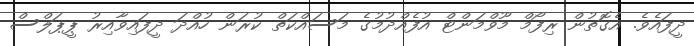
ދީފައެވެ. އެގޮތުން ރިފޯމް މޫވްމަންޓް އުފެއްދުމުގެ މަސައްކަތް ކުރަން ހުއްދަ ދީފައިވާއިރު ޕީޕަލްސް